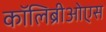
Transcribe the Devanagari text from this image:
कॉलिब्रीओएस